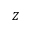
Z